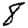
Digit: 8